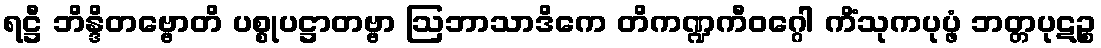
ရဋ္ဌီ ဘိန္ဒိတဗ္ဗောတိ ပစ္စုပဋ္ဌာတဗ္ဗာ ဩဘာသာဒိကေ တိကဏ္ဍကီဝဂ္ဂေါ ကိံသုကပုပ္ဖံ ဘတ္တပုဋဉ္စ